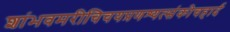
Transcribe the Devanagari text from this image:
शांभवमरीचिचयप्रणश्यत्संकोचहार्द